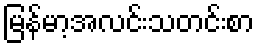
မြန်မာ့အလင်းသတင်းစာ